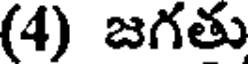
(4) జగతు